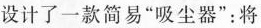
设计了一款简易”吸尘器”：将